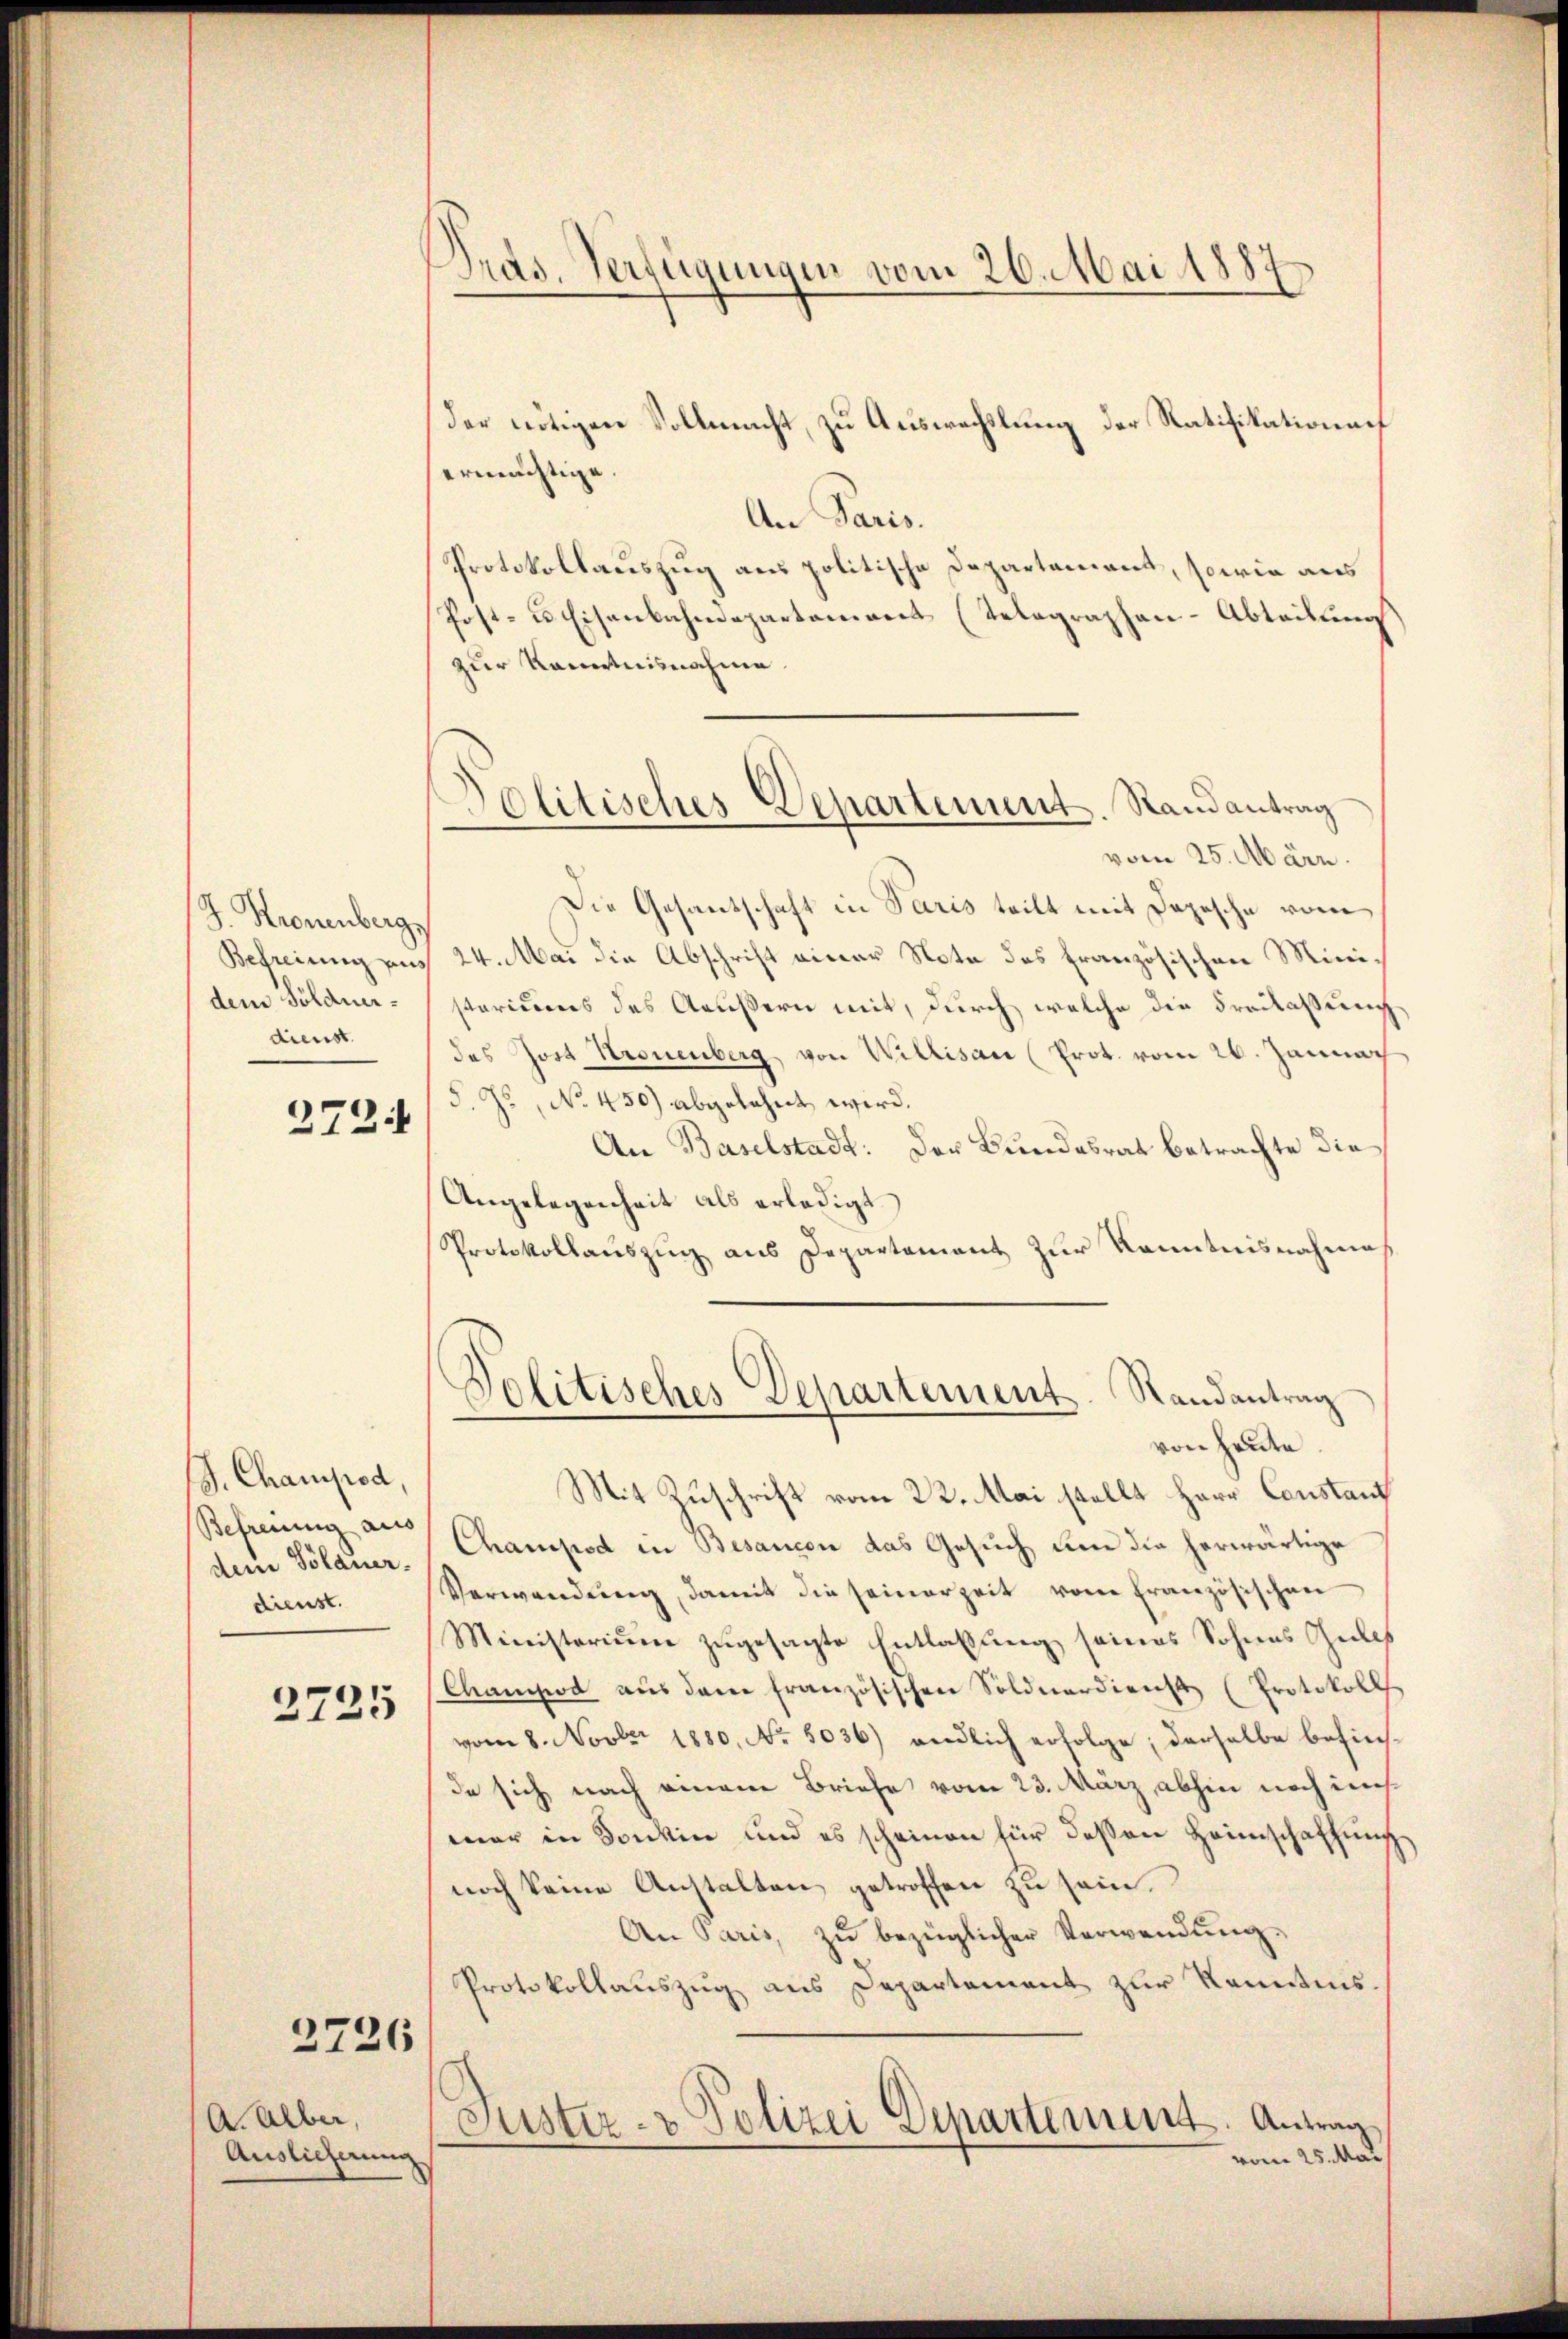
J. Kronenberg,
dem Söldnerdienst.

J. Champod,
Befreiung aus
dienst.

2725

2726

A. Alber,
Auslieferung

der nötigen Vollmacht, zu Auswechslung der Ratifikationen
ermächtige.
An Paris.
Protokollauszug aus politische Departement, sowie aus
Post- u. Eisenbahndepartement (Telegraphen-Abteilung
zur Kenntnisnahme.
vom 25. März.
Die Gesantschaft in Paris teilt mit Depesche vom
Befreiung aus 24. Mai die Abschrift einer Note des französischen Ministariums des Aeußern mit, durch welche die Freilassung
das Jost Kronenberg von Willisau (Prot. vom 26. Jannach
2795/ d. Js., No. 450) abgelehnt wird.
An Baselstadt: Der Bundesrat betrachte die¬
Angelegenheit als erledigt.
Protokollauszug aus Departement zur Kenntnisnahmes
Politisches Departement. Randantrag
von heute
Mit Zuschrift vom 22. Mai stellt Herr Constanz
dem Plauer, Champod in Besancen das Gesuch um die herwärtige
Verwendŭng, damit die seinerzeit von französischen
Ministerium zugesagte Entlaßung seines Sohnes Gutes
Champod aŭs dem französischen Soldnardienst (Protokoll
vom 8. Novbr. 1880, No. 5036) endlich erfolge; derselbe befinda sich nach einem Briefe vom 23. März abhin noch in
mar in Sontin und es scheinen für deßen Heimschaffung
noch keine Anstalten getroffen zu sein.
An Paris, zŭ bezüglicher Verwendung.
Protokollauszug aus Departement zur Kenntnis.
Juster- & Polizei Departement. Antrag
vom 25. Mai

Dras. Verfügungen vom 26. Mai 1887

Politisches Departement. Randantrag